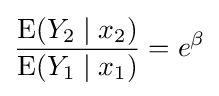
{\dfrac {\operatorname {E} (Y_{2}\mid x_{2})}{\operatorname {E} (Y_{1}\mid x_{1})}}=e^{\beta }